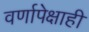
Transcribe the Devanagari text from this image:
वर्णापेक्षाही